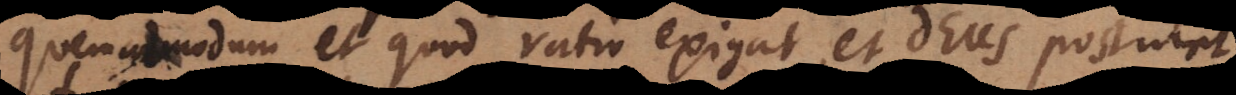
quemadmodum et quod ratio exigat, et Deus postulet,